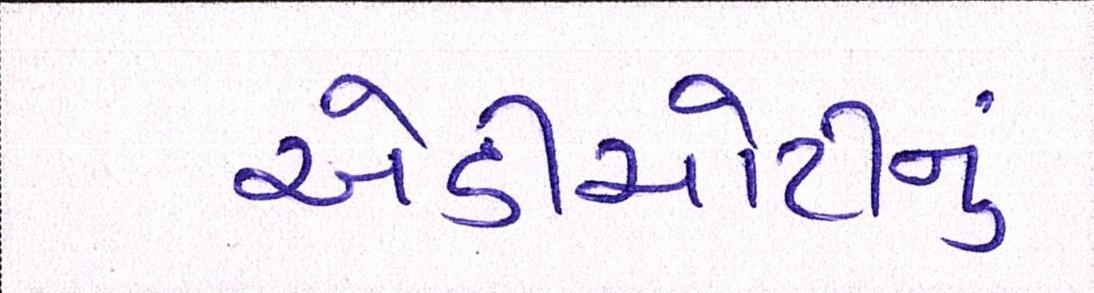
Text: એડીચોટીનું